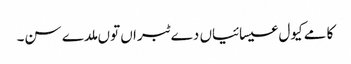
کامے کیول عیسائیاں دے ٹبراں توں ملدے سن۔